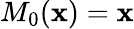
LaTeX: M_{0}({\mathbf x})={\mathbf x}